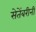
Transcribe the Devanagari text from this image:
सेतेंबरीनी